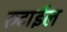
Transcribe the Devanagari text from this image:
रुटाईल